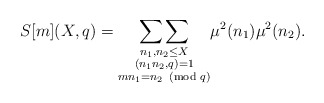
\begin{align*}S[m](X,q)=\underset{\substack{n_1,n_2\leq X\\ (n_1n_2,q)=1\\mn_1=n_2\!\!\!\pmod q}}{\sum\sum}\mu^2(n_1)\mu^2(n_2).\end{align*}